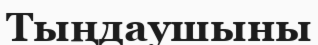
Тыңдаушыны